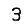
Digit: 3